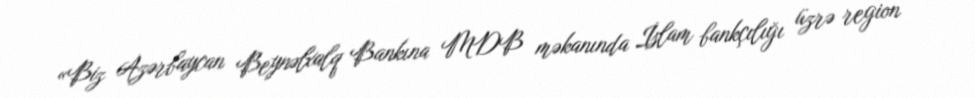
«Biz Azərbaycan Beynəlxalq Bankına MDB məkanında İslam bankçılığı üzrə region